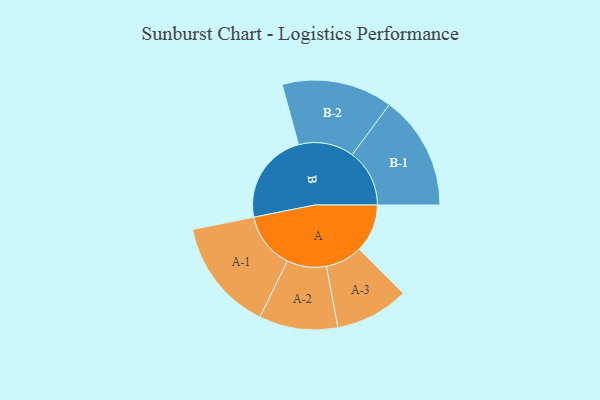
{"axis": {"x": "Segment", "y": "Value"}, "legend": ["", "A", "B"], "data": [{"x": "A", "y": 231, "type": ""}, {"x": "B", "y": 442, "type": ""}, {"x": "A-1", "y": 270, "type": "A"}, {"x": "A-2", "y": 189, "type": "A"}, {"x": "A-3", "y": 177, "type": "A"}, {"x": "B-1", "y": 275, "type": "B"}, {"x": "B-2", "y": 266, "type": "B"}]}